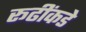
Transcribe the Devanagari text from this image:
रूढींकडे